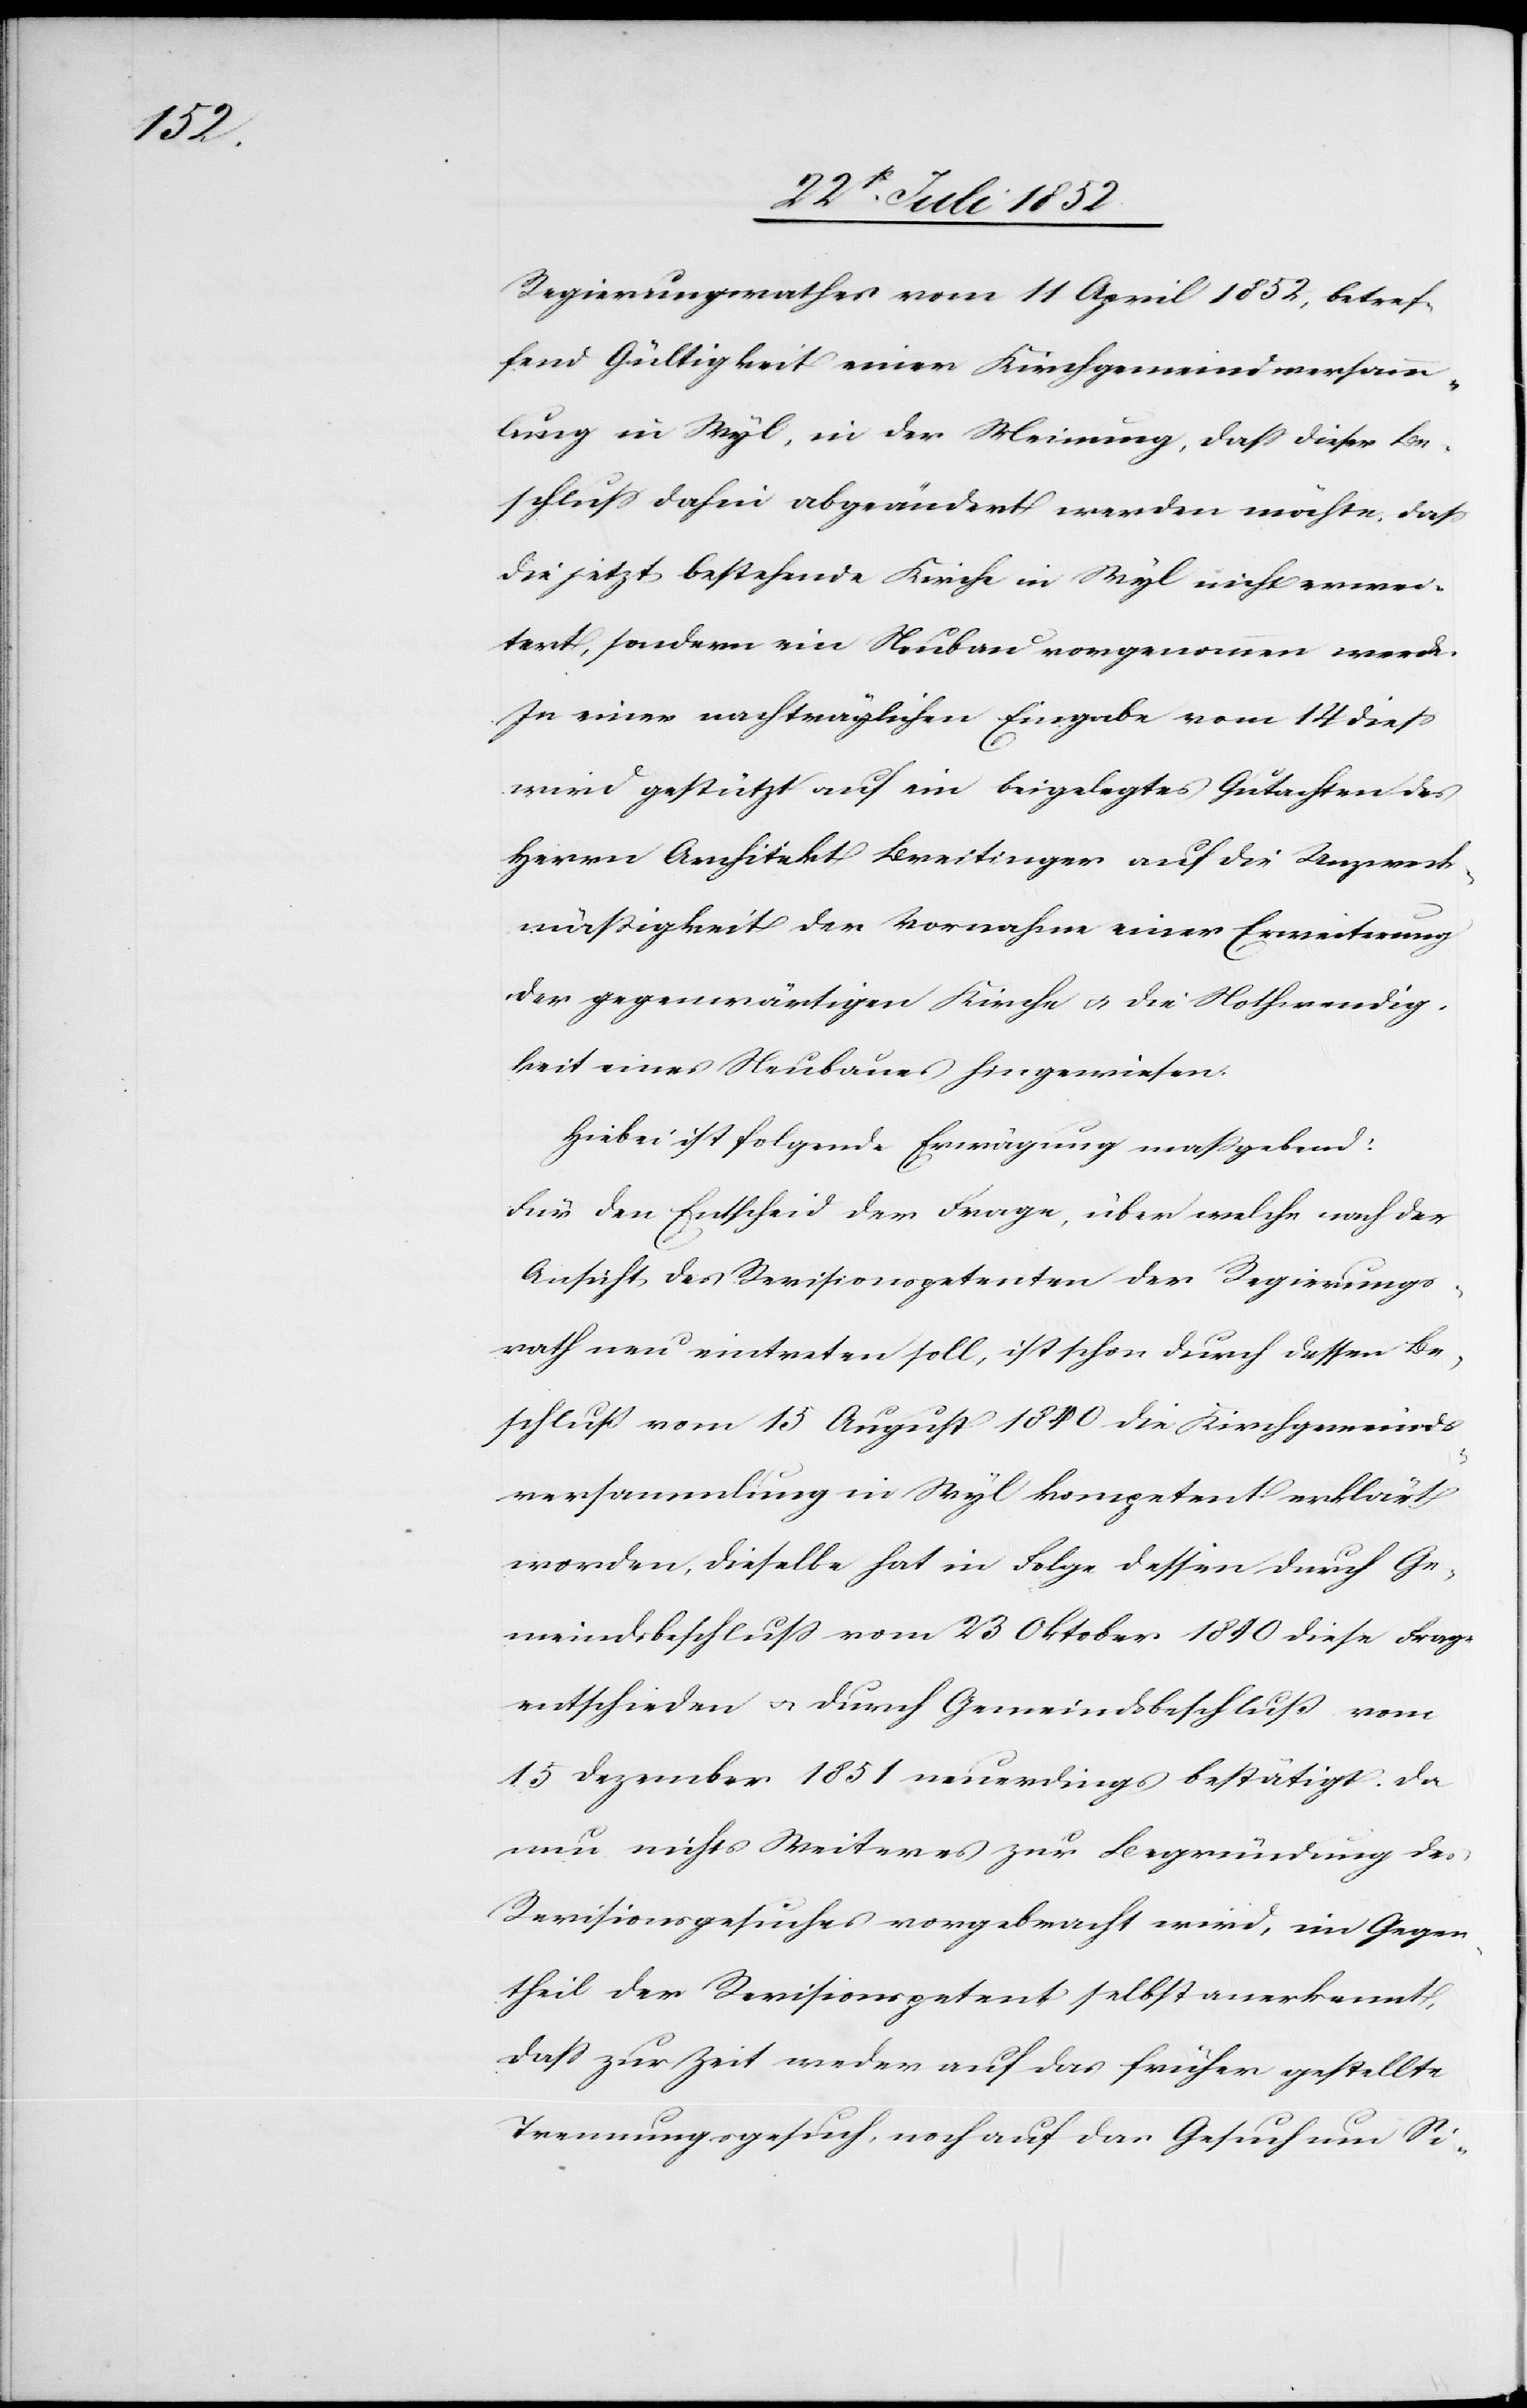
Regierungsrathes vom 11 April 1852, betref¬
fend Gültigkeit einer Kirchgemeindversamm¬
lung in Wyl, in der Meinung, dass dieser Be¬
schluss dahin abgeändert werden möchte, dass
die jetzt bestehende Kirche in Wyl nicht erwei¬
tert, sondern ein Neubau vorgenommen werde.
In einer nachträglichen Eingabe vom 14 diess
wird gestützt auf ein beigelegtes Gutachten des
Herrn Architekt Breitinger auf die Unzweck¬
mäßigkeit der Vornahme einer Erweiterung
der gegenwärtigen Kirche & die Nothwendig¬
keit eines Neubaues hingewiesen.
Hiebei ist folgende Erwägung massgebend:
Für den Entscheid der Frage, über welche nach der
Ansicht des Revisionspetenten der Regierungs¬
rath neu eintreten soll, ist schon durch dessen Be¬
schluß vom 15 August 1840 die Kirchgemeinds¬
versammlung in Wyl kompetent erklärt
worden, dieselbe hat in Folge dessen durch Ge¬
meindsbeschluss vom 23 Oktober 1840 diese Frage
entschieden & durch Gemeindsbeschluß vom
15 Dezember 1851 neuerdings bestätigt. Da
nun nichts Weiteres zur Begründung des
Revisionsgesuches vorgebracht wird, im Gegen¬
theil der Revisionspetent selbst anerkannt,
dass zur Zeit weder auf das früher gestellte
Trennungsgesuch, noch auf das Gesuch um Si-